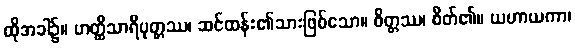
ထိုအခါ၌။ ဟတ္ထိသာရိပုတ္တဿ၊ ဆင်ထန်း၏သားဖြစ်သော။ စိတ္တဿ၊ စိတ်၏။ ယဟာယကာ၊